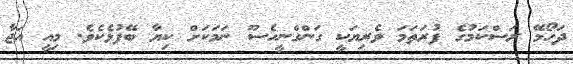
ދަހޯމޭ ރަސްކަމުގެ ފުރަތަމަ ވެރިޔަކީ ގަންގްނީހެސޫ ނަމަކަށް ކިޔާ ބޭފުޅެކެވެ. މިއީ އަޖާ